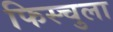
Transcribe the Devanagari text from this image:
फिस्‍चुला